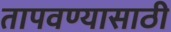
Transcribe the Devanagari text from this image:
तापवण्यासाठी